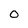
Character: 0